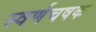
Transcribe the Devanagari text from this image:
स्वर्णचषक